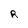
Character: R